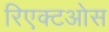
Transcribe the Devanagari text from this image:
रिएक्टओस